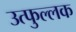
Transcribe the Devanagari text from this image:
उत्‍फुल्‍लक